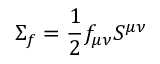
\Sigma _ { f } = \frac { 1 } { 2 } f _ { \mu \nu } S ^ { \mu \nu }